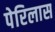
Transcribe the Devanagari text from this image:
पेरिलास